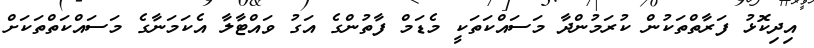
އިދިކޮޅު ފަރާތްތަކުން ކުރަމުންދާ މަސައްކަތަކީ މެޑަމް ފާތުންގެ އަގު ވައްޓާލާ އެކަމަނާގެ މަސައްކަތްތަކަށް